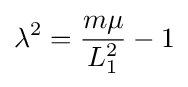
\lambda ^{2}={\frac {m\mu }{L_{1}^{2}}}-1